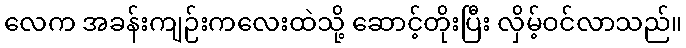
လေက အခန်းကျဉ်းကလေးထဲသို့ ဆောင့်တိုးပြီး လှိမ့်ဝင်လာသည်။